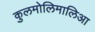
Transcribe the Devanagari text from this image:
कुलमोलिमालिआ